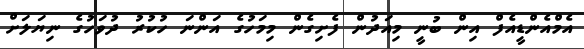
އެމްއެންޑީއެފް އިން ބުނީ މިއަދުން ފެށިގެން މިމަހުގެ އަންނަ ހުކުރު ދުވަހުގެ ނިޔަލަށް